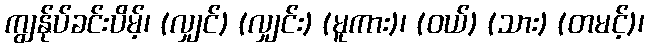
ကျွန်ုပ်ခင်းပိမ့်၊ (လျှင်) (လျှင်း) (မူကား)၊ (ဝယ်) (သား) (တမင့်)၊